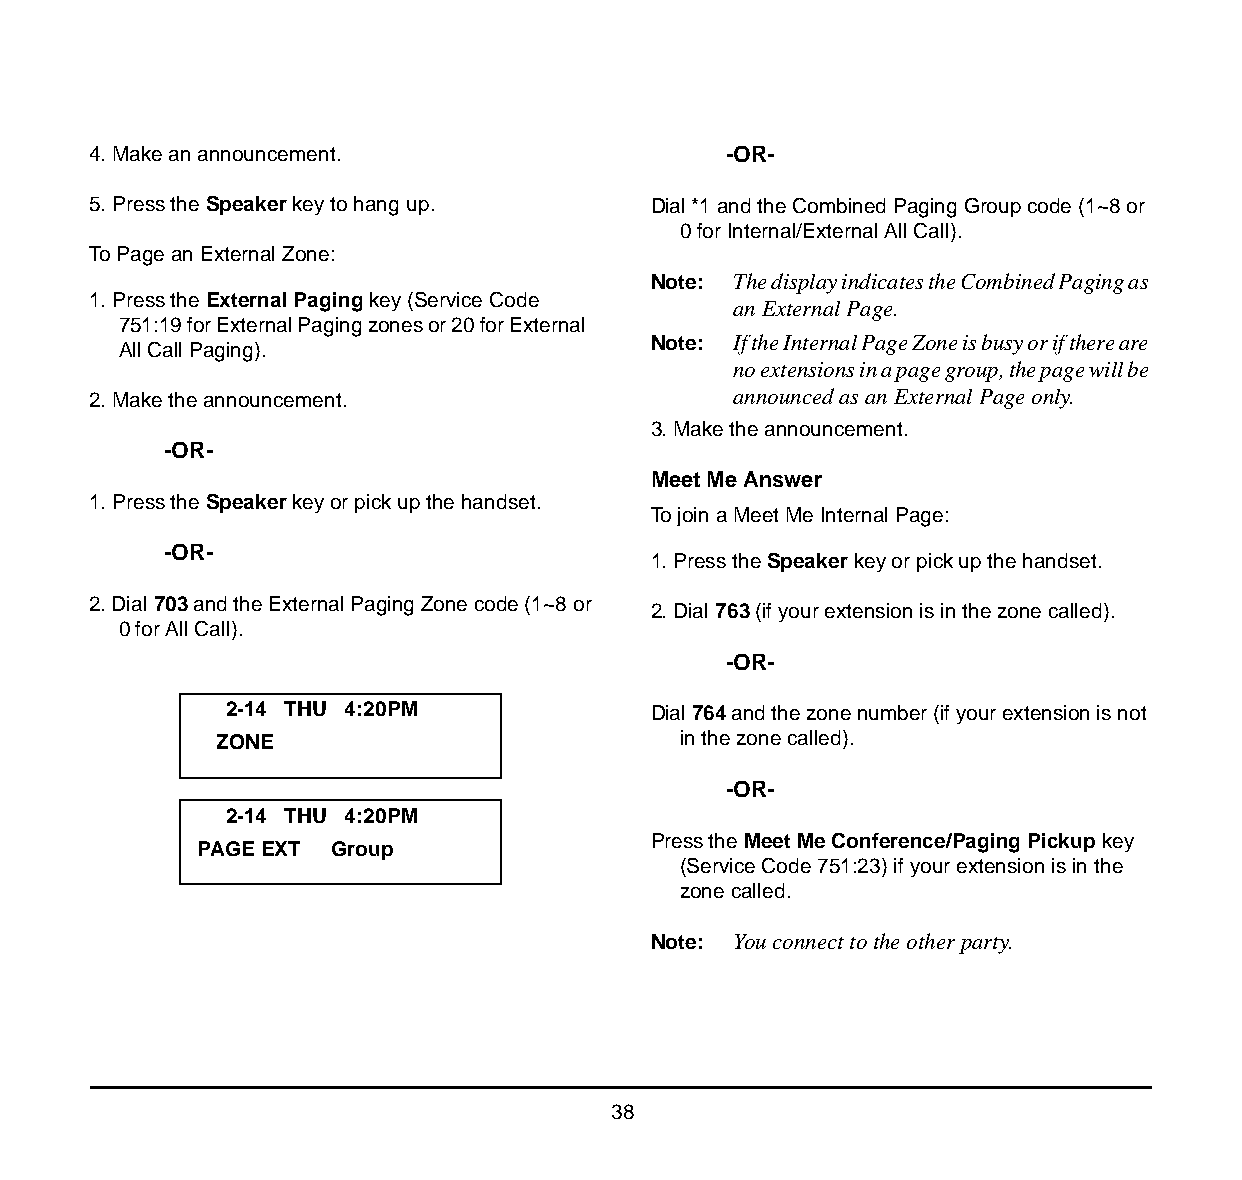
4. Make an announcement.                   -OR-
 5. Press the Speaker key to hang up.  Dial *1 and the Combined Paging Group code (1~8 or
 0 for Internal/External All Call).
 To Page an External Zone:
 Note: The display indicates the Combined Paging as
 1. Press the External Paging key (Service Code
 an External Page.
 751:19 for External Paging zones or 20 for External
 Note: If the Internal Page Zone is busy or if there are
 All Call Paging).
 no extensions in a page group, the page will be
 2. Make the announcement.                  announced as an External Page only.
 3. Make the announcement.
 -OR-
 Meet Me Answer
 1. Press the Speaker key or pick up the handset.
 To join a Meet Me Internal Page:
 -OR-
 1. Press the Speaker key or pick up the handset.
 2. Dial 703 and the External Paging Zone code (1~8 or
 2. Dial 763 (if your extension is in the zone called).
 0 for All Call).
 -OR-
 2-14 THU 4:20PM              Dial 764 and the zone number (if your extension is not
 ZONE                           in the zone called).
 -OR-
 2-14 THU 4:20PM
 Press the Meet Me Conference/Paging Pickup key
 PAGE EXT Group
 (Service Code 751:23) if your extension is in the
 zone called.
 Note: You connect to the other party.
 38